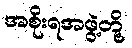
အစိုးရအဖွဲ့တို့